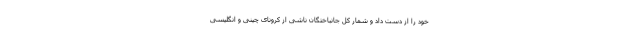
خود را از دست داد و شمار کل جانباختگان ناشی از کرونای چینی و انگلیسی